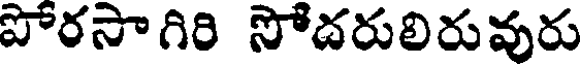
పోరసాగిరి సోదరులిరువురు